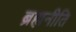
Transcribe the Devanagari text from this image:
ब्रह्मनीति